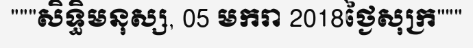
"""សិទ្ធិមនុស្ស, 05 មករា 2018ថ្ងៃសុក្រ"""